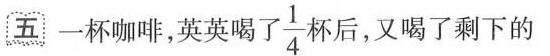
五 一杯咖啡，英英喝\frac{1}{4}杯后，又喝了剩下的